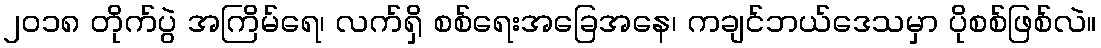
၂၀၁၈ တိုက်ပွဲ အကြိမ်ရေ၊ လက်ရှိ စစ်ရေးအခြေအနေ၊ ကချင်ဘယ်ဒေသမှာ ပိုစစ်ဖြစ်လဲ။